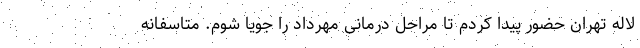
لاله تهران حضور پیدا کردم تا مراحل درمانی مهرداد را جویا شوم. متاسفانه